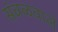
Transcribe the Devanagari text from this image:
संबळवाले